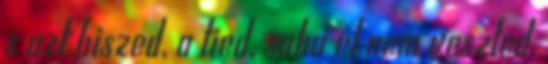
s azt hiszed, a tied, soha el nem veszted,